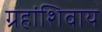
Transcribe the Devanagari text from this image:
ग्रहांशिवाय